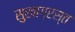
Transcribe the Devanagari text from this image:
सुखाग्रस्‍त